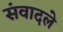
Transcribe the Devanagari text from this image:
संवादले